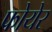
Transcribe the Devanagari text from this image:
फोयेर